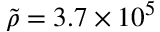
\tilde { \rho } = 3 . 7 \times 1 0 ^ { 5 }